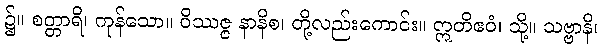
၌။ စတ္တာရိ၊ ကုန်သော။ ဝိဿဇ္ဇ နာနိစ၊ တို့လည်းကောင်း။ ဣတိဧဝံ၊ သို့။ သဗ္ဗာနိ၊